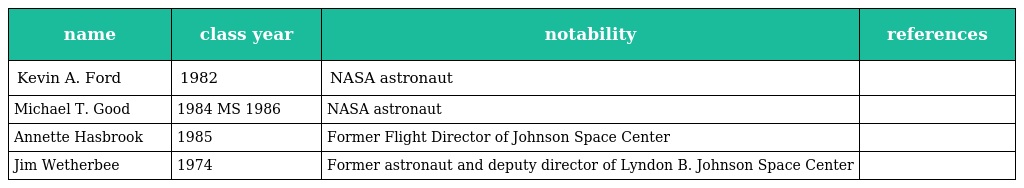
| name | class year | notability | references |
 | --- | --- | --- | --- |
 | Kevin A. Ford | 1982 | NASA astronaut |  |
 | Michael T. Good | 1984 MS 1986 | NASA astronaut |  |
 | Annette Hasbrook | 1985 | Former Flight Director of Johnson Space Center |  |
 | Jim Wetherbee | 1974 | Former astronaut and deputy director of Lyndon B. Johnson Space Center |  |